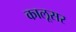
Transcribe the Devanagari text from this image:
कालूसर